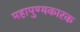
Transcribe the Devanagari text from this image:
महापुण्यकारक